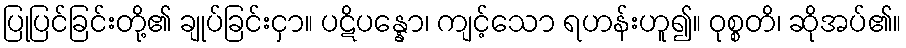
ပြုပြင်ခြင်းတို့၏ ချုပ်ခြင်းငှာ။ ပဋိပန္နော၊ ကျင့်သော ရဟန်းဟူ၍။ ဝုစ္စတိ၊ ဆိုအပ်၏။